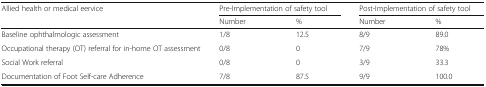
| <ROWSPAN=2> Allied health or medical eervice | <COLSPAN=2> Pre-Implementation of safety tool | <COLSPAN=2> Post-Implementation of safety tool |
 | Number | % | Number | % |
 | --- | --- | --- | --- | --- |
 | Baseline ophthalmologic assessment | 1/8 | 12.5 | 8/9 | 89.0 |
 | Occupational therapy (OT) referral for in-home OT assessment | 0/8 | 0 | 7/9 | 78% |
 | Social Work referral | 0/8 | 0 | 3/9 | 33.3 |
 | Documentation of Foot Self-care Adherence | 7/8 | 87.5 | 9/9 | 100.0 |